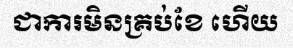
ជាការមិនគ្រប់ខែ ហើយ